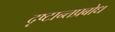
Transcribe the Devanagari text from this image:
दृष्टान्तप्रबोध